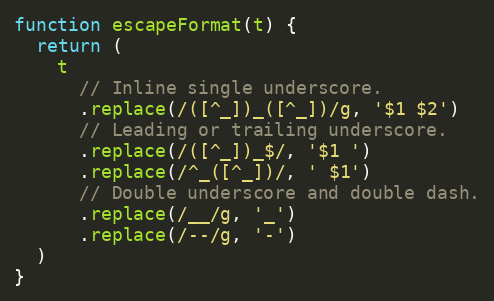
Language: JavaScript
function escapeFormat(t) {
  return (
    t
      // Inline single underscore.
      .replace(/([^_])_([^_])/g, '$1 $2')
      // Leading or trailing underscore.
      .replace(/([^_])_$/, '$1 ')
      .replace(/^_([^_])/, ' $1')
      // Double underscore and double dash.
      .replace(/__/g, '_')
      .replace(/--/g, '-')
  )
}